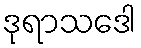
ဒုရာသဒေါ